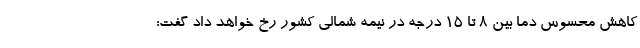
کاهش محسوس دما بین ۸ تا ۱۵ درجه در نیمه شمالی کشور رخ خواهد داد گفت: